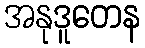
အနုဒူတေန